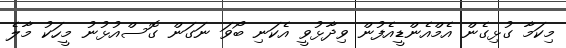
މިކަމާ ގުޅިގެން އެމްއެންޑީއެފުން ވިދާޅުވީ އެކަނި ބޯވަ ނަގަން ގޮސްއުޅުނު މީހަކު މާލެ